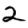
Digit: 2